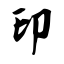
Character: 印